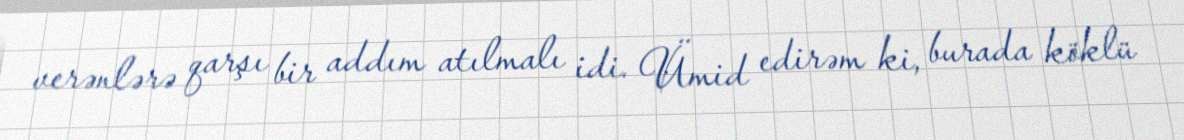
verənlərə qarşı bir addım atılmalı idi. Ümid edirəm ki, burada köklü